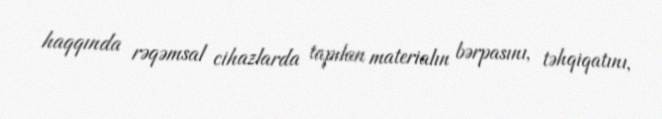
haqqında rəqəmsal cihazlarda tapılan materialın bərpasını, təhqiqatını,